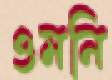
ওমনি